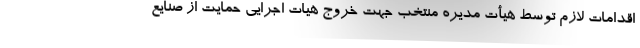
اقدامات لازم توسط هیأت مدیره منتخب جهت خروج هیات اجرایی حمایت از صنایع